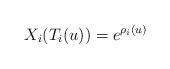
LaTeX: \begin{align*}X_i(T_i(u))=e^{\rho_i(u)}\end{align*}